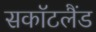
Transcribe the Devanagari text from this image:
सकॉटलैंड